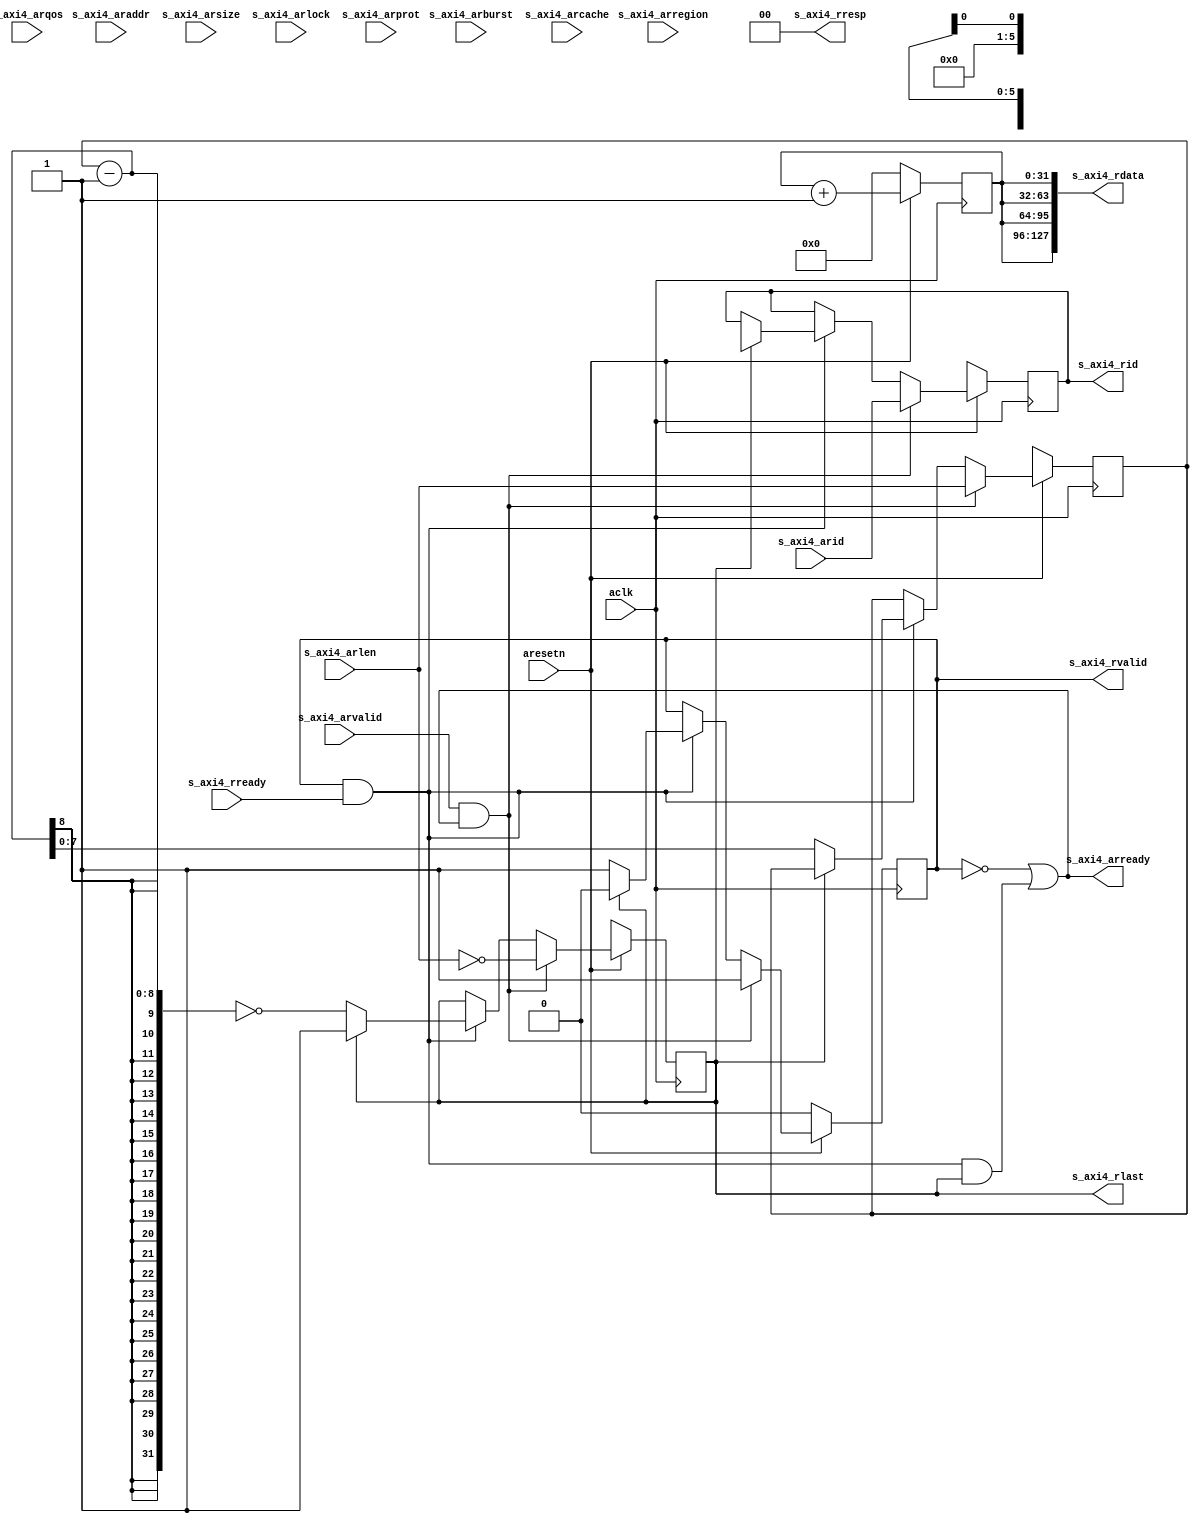
module jelly_axi4_dummy_slave_read
        #(
            // AXI4
            parameter   BYTE_WIDTH      = 8,
            parameter   AXI4_ID_WIDTH   = 6,
            parameter   AXI4_ADDR_WIDTH = 32,
            parameter   AXI4_DATA_SIZE  = 4,
            parameter   AXI4_DATA_WIDTH = (BYTE_WIDTH << AXI4_DATA_SIZE),
            parameter   AXI4_STRB_WIDTH = AXI4_DATA_WIDTH / BYTE_WIDTH,
            parameter   AXI4_LEN_WIDTH  = 8,
            parameter   AXI4_QOS_WIDTH  = 4
        )
        (
            input   wire                            aresetn,
            input   wire                            aclk,
            
            input   wire    [AXI4_ID_WIDTH-1:0]     s_axi4_arid,
            input   wire    [AXI4_ADDR_WIDTH-1:0]   s_axi4_araddr,
            input   wire    [AXI4_LEN_WIDTH-1:0]    s_axi4_arlen,
            input   wire    [2:0]                   s_axi4_arsize,
            input   wire    [1:0]                   s_axi4_arburst,
            input   wire    [0:0]                   s_axi4_arlock,
            input   wire    [3:0]                   s_axi4_arcache,
            input   wire    [2:0]                   s_axi4_arprot,
            input   wire    [AXI4_QOS_WIDTH-1:0]    s_axi4_arqos,
            input   wire    [3:0]                   s_axi4_arregion,
            input   wire                            s_axi4_arvalid,
            output  wire                            s_axi4_arready,
            output  wire    [AXI4_ID_WIDTH-1:0]     s_axi4_rid,
            output  wire    [AXI4_DATA_WIDTH-1:0]   s_axi4_rdata,
            output  wire    [1:0]                   s_axi4_rresp,
            output  wire                            s_axi4_rlast,
            output  wire                            s_axi4_rvalid,
            input   wire                            s_axi4_rready
        );
    
    
    // dummy
    reg     [31:0]                  reg_counter;
    reg     [AXI4_ID_WIDTH-1:0]     reg_id;
    reg                             reg_rlast;
    reg     [AXI4_LEN_WIDTH-1:0]    reg_rlen;
    reg                             reg_rvalid;
    
    always @(posedge aclk) begin
        if ( ~aresetn ) begin
            reg_counter <= 0;
            reg_id      <= {AXI4_ID_WIDTH{1'bx}};
            reg_rlast   <= 1'bx;
            reg_rlen    <= {AXI4_LEN_WIDTH{1'bx}};
            reg_rvalid  <= 1'b0;
        end
        else begin
            reg_counter <= reg_counter + 1;
            
            if ( s_axi4_rvalid & s_axi4_rready ) begin
                if ( s_axi4_rlast ) begin
                    reg_id     <= 
                    reg_rlast  <= 1'bx;
                    reg_rvalid <= 1'b0;
                end
                else begin
                    reg_rlen   <= reg_rlen - 1;
                    reg_rlast  <= (reg_rlen - 1) == 0;
                    reg_rvalid <= 1'b1;
                end
            end
            
            if ( s_axi4_arvalid & s_axi4_arready ) begin
                reg_id     <= s_axi4_arid;
                reg_rlen   <= s_axi4_arlen;
                reg_rlast  <= (s_axi4_arlen == 0);
                reg_rvalid <= 1'b1;
            end
        end
    end
    
    assign s_axi4_arready = !reg_rvalid || (s_axi4_rvalid & s_axi4_rready & s_axi4_rlast);
    
    assign s_axi4_rid     = reg_id;
    assign s_axi4_rdata   = {4{reg_counter}};
    assign s_axi4_rresp   = 2'b00;
    assign s_axi4_rlast   = reg_rlast;
    assign s_axi4_rvalid  = reg_rvalid;
    
    
    
    // debug for sim
    integer     count_ar;
    integer     count_r;
    integer     count_arlen;
    integer     count_rlen;
    always @(posedge aclk) begin
        if ( ~aresetn ) begin
            count_ar <= 0;
            count_r  <= 0;
            count_arlen <= 0;
            count_rlen  <= 0;
        end
        else begin
            if ( s_axi4_arvalid & s_axi4_arready ) begin
                count_ar    <= count_ar + 1;
                count_arlen <= count_arlen + s_axi4_arlen + 1;
            end
            
            if ( s_axi4_rvalid & s_axi4_rready ) begin
                count_r    <= count_r + s_axi4_rlast;
                count_rlen <= count_rlen + 1;
            end
        end
    end
    
    
endmodule